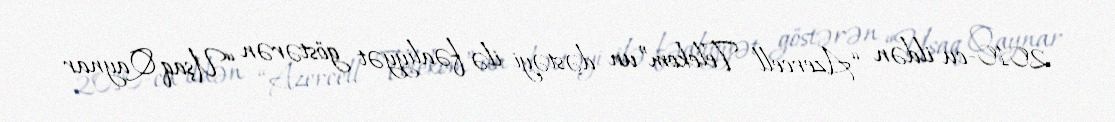
2010-cu ildən “Azercell Telekom”un dəstəyi ilə fəaliyyət göstərən “Uşaq Qaynar